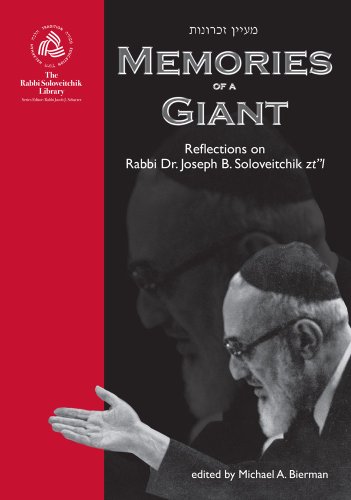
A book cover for Memories of a Giant: Reflections on Rabbi Dr. Joseph B. Soloveitchik zt"l (The Rabbi Soloveitchik Library Volume 1); Religion & Spirituality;